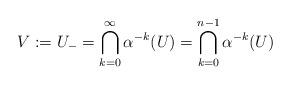
LaTeX: \begin{align*}V:=U_-=\bigcap_{k=0}^\infty \alpha^{-k}(U)=\bigcap_{k=0}^{n-1}\alpha^{-k}(U)\end{align*}